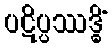
ပဋိပ္ပဿဒ္ဓိံ